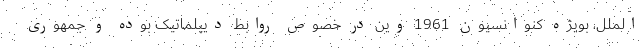
الملل، بویژه کنوانسیون 1961 وین در خصوص روابط دیپلماتیک بوده و جمهوری